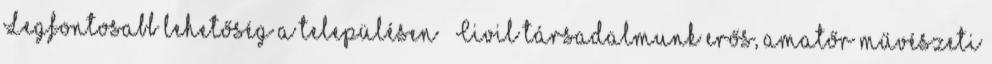
Legfontosabb lehetőség a településen ▪„Civil társadalmunk erős, amatőr művészeti